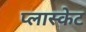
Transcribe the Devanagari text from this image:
प्लास्केट